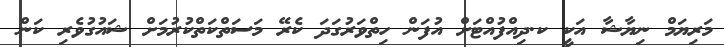
މަރިޔަމް ނިޔާޝާ އަކީ ކ.ދިއްފުއްޓަށް އުފަން ހިތްވަރުގަދަ ކެރޭ މަސަތްކަތްކުރުމަށް ޝައުގުވެރި ކަން